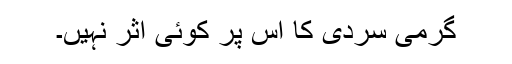
گرمی سردی کا اس پر کوئی اثر نہیں۔